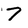
Character: 7